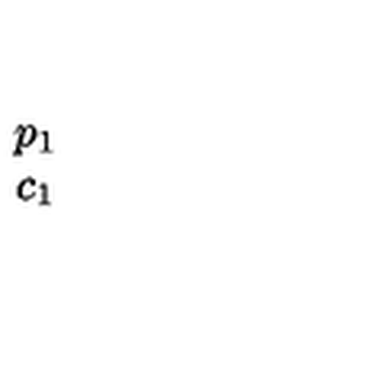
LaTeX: \begin{array} { c } { p _ { 1 } } \\ { c _ { 1 } } \\ \end{array}